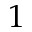
1